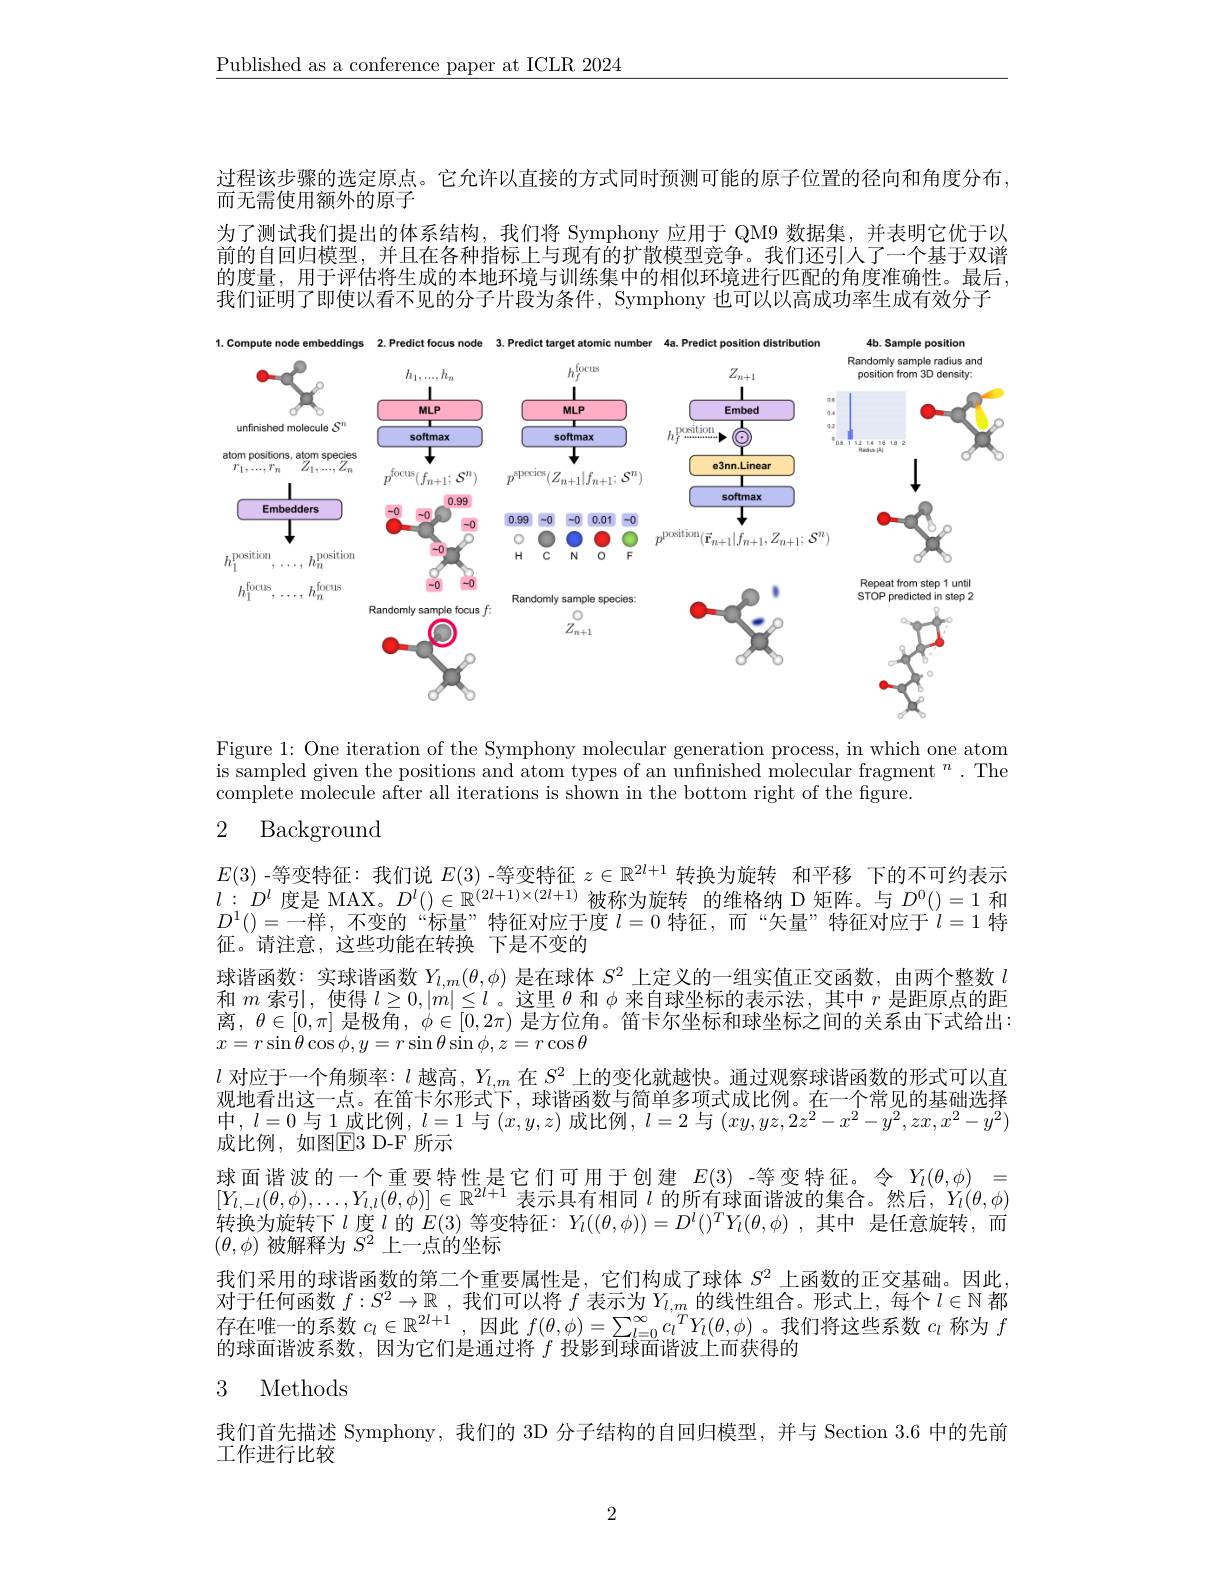
$\underline{\text{Published as a conference paper at ICLR 2024}}$

过程该步骤的选定原点。它允许以直接的方式同时预测可能的原子位置的径向和角度分布，
而无需使用额外的原子
为了测试我们提出的体系结构，我们将 Symphony 应用于 QM9 数据集，并表明它优于以前的自回归模型，并且在各种指标上与现有的扩散模型竞争。我们还引人了一个基于双谱的度量，用于评估将生成的本地环境与训练集中的相似环境进行匹配的角度准确性。最后， 我们证明了即使以看不见的分子片段为条件，Symphony 也可以以高成功率生成有效分子

<FigureHere>

Figure 1: One iteration of the Symphony molecular generation process, in which one atom is sampled given the positions and atom types of an unfinished molecular fragment $^n.$ The complete molecule after all iterations is shown in the bottom right of the figure.

# 2 Background

$E(3)$ -等变特征：我们说$E(3)$ -等变特征$z\in\mathbb{R}^{2l+1}$转换为旋转 和平移 下的不可约表示$l:D^l$度是 MAX。$D^l()\in\mathbb{R}^(2l+1)\times(2l+1)$被称为旋转 的维格纳 D 矩阵。与$D^0()=1$和$D^1()=$一样，不变的“标量”特征对应于度 $l= 0$ 特 征 , 而 “ 矢 量 ” 特 征 对 应 于 “ $l= 1$ 特征。请注意，这些功能在转换 下是不变的
球谐函数：实球谐函数$Y_{l,m}(\theta,\phi)$是在球体$S^2$上定义的一组实值正交函数，由两个整数$l$ 和$m$索引，使得$l\geq0,|m|\leq l$ 。这里$\theta$和$\phi$来自球坐标的表示法，其中$r$是距原点的距离$,\theta\in[0,\pi]$ 是极角$,\phi\in[\overline{0},2\pi)$ 是方位角。笛卡尔坐标和球坐标之间的关系由下式给出： $x=r\sin\theta\cos\phi,y=r\sin\theta\sin\phi,z=r\cos\theta$
$l$对应于一个角频率：$l$越高，$Y_l,m$在$S^2$上的变化就越快。通过观察球谐函数的形式可以直观地看出这一点。在笛卡尔形式下，球谐函数与简单多项式成比例。在一个常见的基础选择中，$l=0$与 1 成比例，$l=1$与$(x,y,z)$成比例，$l=2$与$(xy,yz,2z^2-x^2-y^2,zx,x^2-y^2)$ 成比例，如图E3 D-F 所示
球面谐波的一个重要特性是它们可用于创建$E(3)$ -等变特征。令$Y_l(\theta,\phi)_{(0,0)}=$ $Y_{l,-l}(\theta,\phi),\ldots,Y_{l,l}(\theta,\phi)]\in\mathbb{R}^{2l+1}$表示具有相同$l$的所有球面谐波的集合。然后，$Y_l(\theta,\phi)$ 转换为旋转下$l$ 度$l$ 的 $E(3)$ 等变特征：$Y_l((\theta,\phi))=D^l()^TY_l(\theta,\phi)$ ,其中 是任意旋转，而$(\theta,\phi)$被解释为$S^2$上一点的坐标
我们采用的球谐函数的第二个重要属性是，它们构成了球体$S^{2}$上函数的正交基础。因此， 对于任何函数$f:S^2\to\mathbb{R}$ ,我们可以将$f$表示为$Y_l,m$的线性组合。形式上，每个$l\in\mathbb{N}$都存在唯一的系数$c_l\in\mathbb{R}^{2l+1}$,因此$f(\theta,\phi)=\sum_l=0^\infty c_l^TY_l(\theta,\phi)$。我们将这些系数$c_l$称为$f$ 的球面谐波系数，因为它们是通过将$f$投影到球面谐波上而获得的
3 Methods

我们首先描述 Symphony, 我们的 3D 分子结构的自回归模型，并与 Section 3.6 中的先前
工作进行比较

2